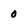
Character: 0